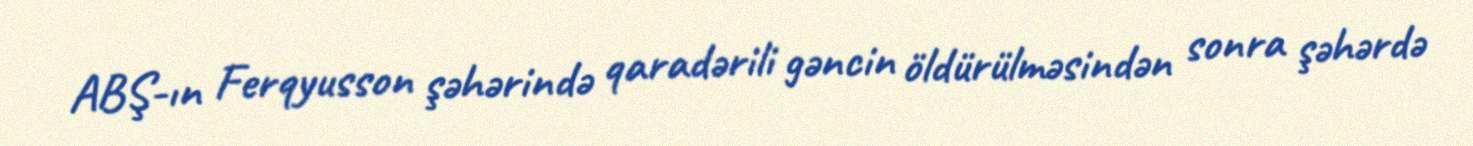
ABŞ-ın Ferqyusson şəhərində qaradərili gəncin öldürülməsindən sonra şəhərdə